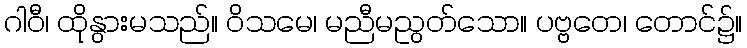
ဂါဝီ၊ ထိုနွားမသည်။ ဝိသမေ၊ မညီမညွတ်သော။ ပဗ္ဗတေ၊ တောင်၌။